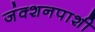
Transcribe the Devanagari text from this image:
जंक्शनपाशी